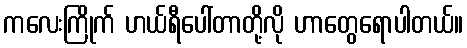
ကလေးကြိုက် ဟယ်ရီပေါ်တာတို့လို ဟာတွေရောပါတယ်။